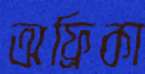
অফ্রিকা